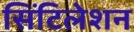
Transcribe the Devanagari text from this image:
सिंटिलेशन